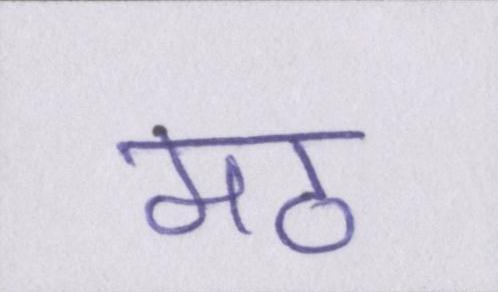
मठ